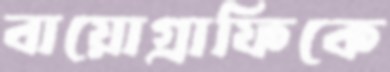
বায়োগ্রাফিকে